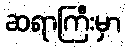
ဆရာကြီးမှာ